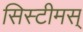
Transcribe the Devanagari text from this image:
सिस्टीमस्